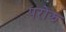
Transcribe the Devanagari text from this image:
परोझ